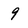
Character: 9